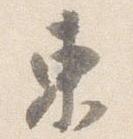
東